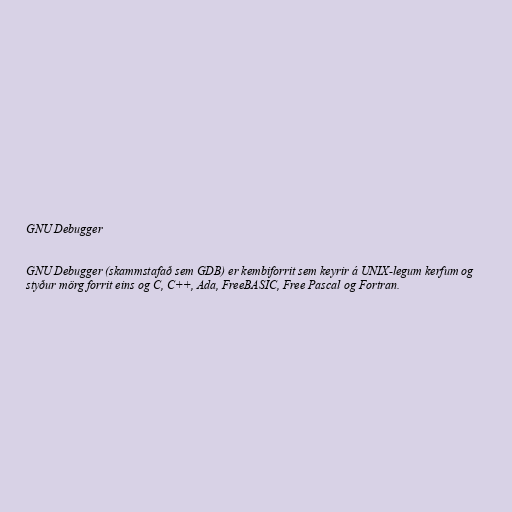
GNU Debugger

GNU Debugger (skammstafað sem GDB) er kembiforrit sem keyrir á UNIX-legum kerfum og
styður mörg forrit eins og C, C++, Ada, FreeBASIC, Free Pascal og Fortran.